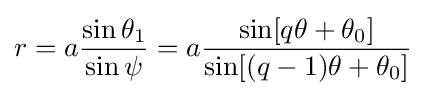
r=a{\frac {\sin \theta _{1}}{\sin \psi }}=a{\frac {\sin[q\theta +\theta _{0}]}{\sin[(q-1)\theta +\theta _{0}]}}\!